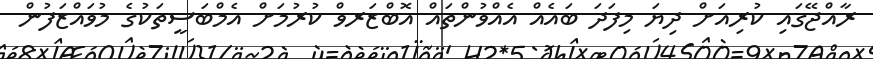
ރާއްޖޭގައި ކުރިއަށް ދިޔަ މިފަދަ ބައެއް އެއްވުންތައް އޮބްޒަރވް ކުރުމަށް އެމްބަސީތަކުގެ މުވައްޒަފުން